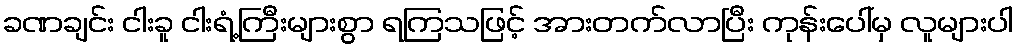
ခဏချင်း ငါးခူ ငါးရံ့ကြီးများစွာ ရကြသဖြင့် အားတက်လာပြီး ကုန်းပေါ်မှ လူများပါ